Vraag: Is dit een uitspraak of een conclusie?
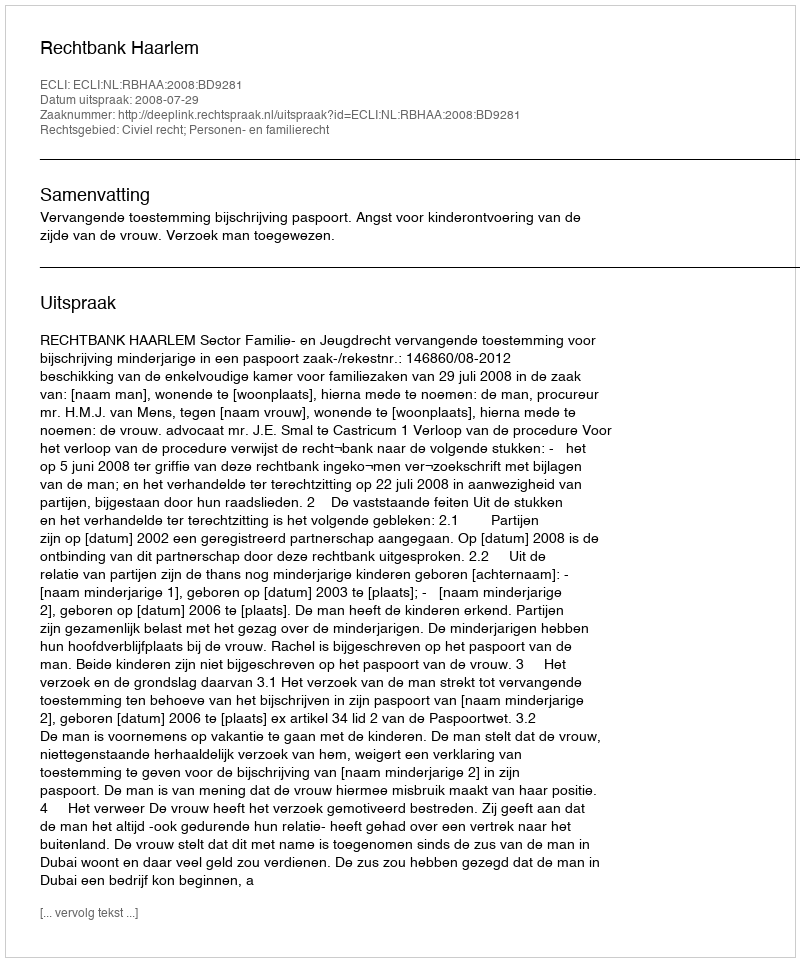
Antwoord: Uitspraak